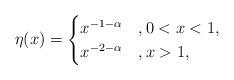
LaTeX: \begin{align*}\eta(x) = \begin{cases}x^{-1-\alpha}&, 0 < x < 1, \\x^{-2-\alpha}&, x>1,\end{cases}\end{align*}